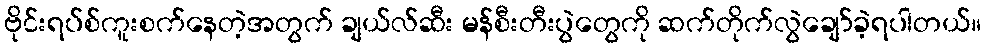
ဗိုင်းရပ်စ်ကူးစက်နေတဲ့အတွက် ချယ်လ်ဆီး မန်စီးတီးပွဲတွေကို ဆက်တိုက်လွဲချော်ခဲ့ရပါတယ်။